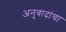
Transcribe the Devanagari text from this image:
अनुवादांचा